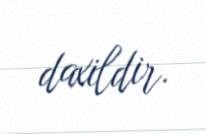
daxildir.